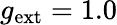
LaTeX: g_{\mathrm{ext}}=1.0